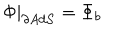
\Phi | _ { \partial A d S } = \Phi _ { b }